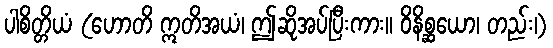
ပါစိတ္တိယံ (ဟောတိ ဣတိအယံ၊ ဤဆိုအပ်ပြီးကား။ ဝိနိစ္ဆယော၊ တည်း၊)